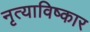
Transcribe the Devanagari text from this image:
नृत्याविष्कार